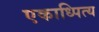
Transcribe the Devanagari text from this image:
एकाध्पित्य